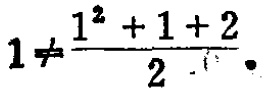
$1\neq\frac{1^{2}+1 + 2}{2}.$